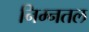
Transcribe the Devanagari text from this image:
निम्नतल